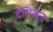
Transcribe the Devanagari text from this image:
देशिकेन्द्र